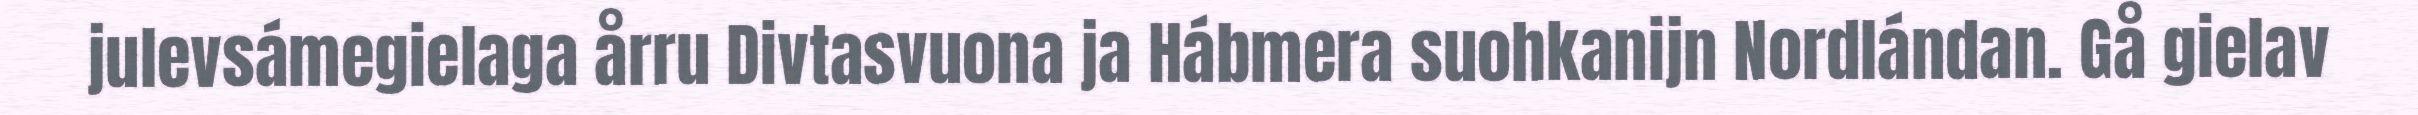
julevsámegielaga årru Divtasvuona ja Hábmera suohkanijn Nordlándan. Gå gielav